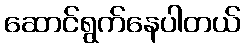
ဆောင်ရွက်နေပါတယ်